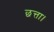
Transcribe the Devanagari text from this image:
छत्ता।